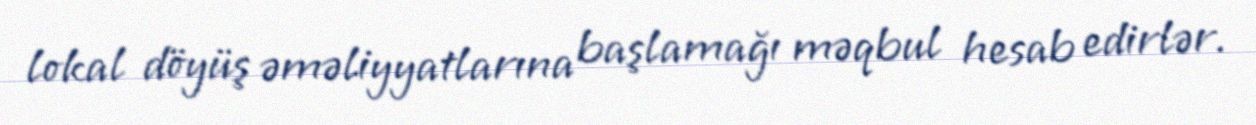
lokal döyüş əməliyyatlarına başlamağı məqbul hesab edirlər.